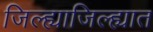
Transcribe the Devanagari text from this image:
जिल्ह्याजिल्ह्यात